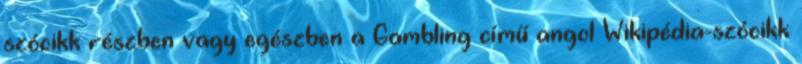
szócikk részben vagy egészben a Gambling című angol Wikipédia-szócikk